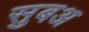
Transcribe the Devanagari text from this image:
सुबअ